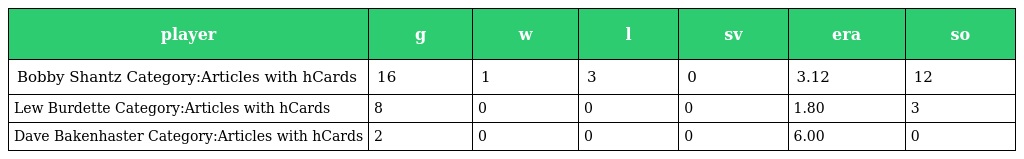
| player | g | w | l | sv | era | so |
 | --- | --- | --- | --- | --- | --- | --- |
 | Bobby Shantz Category:Articles with hCards | 16 | 1 | 3 | 0 | 3.12 | 12 |
 | Lew Burdette Category:Articles with hCards | 8 | 0 | 0 | 0 | 1.80 | 3 |
 | Dave Bakenhaster Category:Articles with hCards | 2 | 0 | 0 | 0 | 6.00 | 0 |